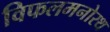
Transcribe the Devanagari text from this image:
विफलमनोरथ